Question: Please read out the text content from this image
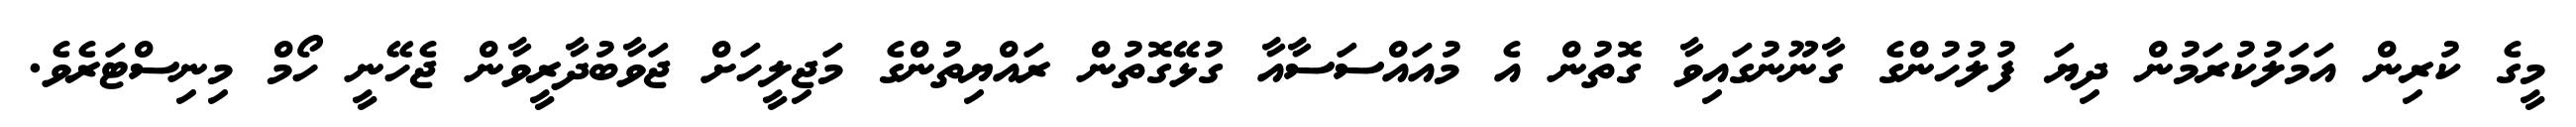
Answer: މީގެ ކުރިން އަމަލުކުރަމުން ދިޔަ ފުލުހުންގެ ގާނޫނުގައިވާ ގޮތުން އެ މުއައްސަސާއާ ގުޅޭގޮތުން ރައްޔިތުންގެ މަޖިލީހަށް ޖަވާބުދާރީވާން ޖެހޭނީ ހޯމް މިނިސްޓަރެވެ.